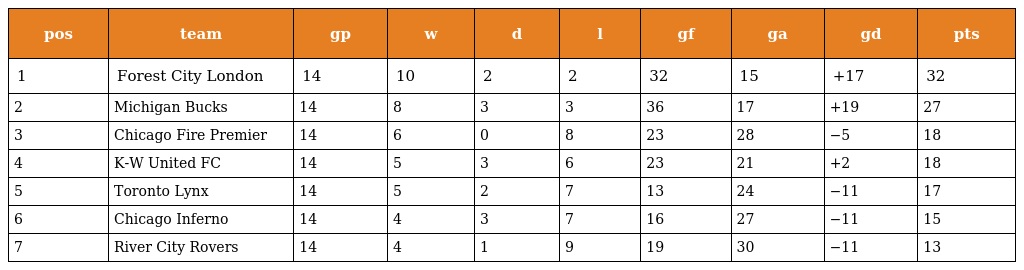
| pos | team | gp | w | d | l | gf | ga | gd | pts |
 | --- | --- | --- | --- | --- | --- | --- | --- | --- | --- |
 | 1 | Forest City London | 14 | 10 | 2 | 2 | 32 | 15 | +17 | 32 |
 | 2 | Michigan Bucks | 14 | 8 | 3 | 3 | 36 | 17 | +19 | 27 |
 | 3 | Chicago Fire Premier | 14 | 6 | 0 | 8 | 23 | 28 | −5 | 18 |
 | 4 | K-W United FC | 14 | 5 | 3 | 6 | 23 | 21 | +2 | 18 |
 | 5 | Toronto Lynx | 14 | 5 | 2 | 7 | 13 | 24 | −11 | 17 |
 | 6 | Chicago Inferno | 14 | 4 | 3 | 7 | 16 | 27 | −11 | 15 |
 | 7 | River City Rovers | 14 | 4 | 1 | 9 | 19 | 30 | −11 | 13 |